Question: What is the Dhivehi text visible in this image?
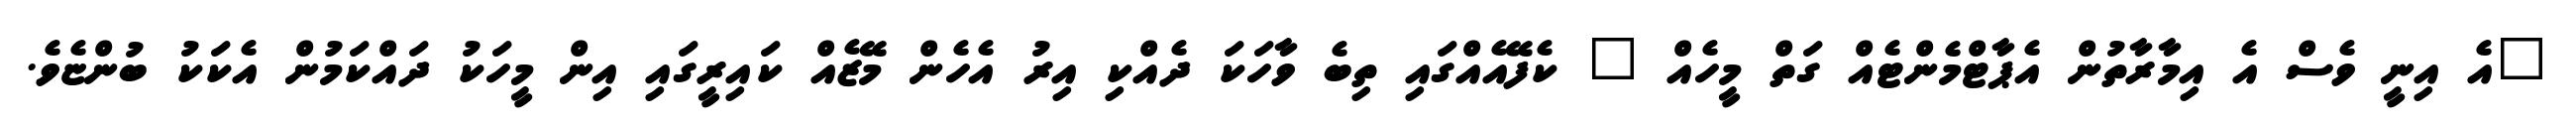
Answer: "އެ އިނީ ވެސް އެ އިމާރާތުން އެޕާޓްމެންޓެއް ގަތް މީހެއް " ކެފޭއެއްގައި ތިބެ ވާހަކަ ދެއްކި އިރު އެހެން މޭޒެއް ކައިރީގައި އިން މީހަކު ދައްކަމުން އެކަކު ބުންޏެވެ.